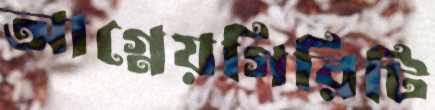
আগ্নেয়গিরিটি